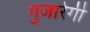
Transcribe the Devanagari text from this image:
गुजारेगी